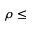
\rho \leq